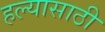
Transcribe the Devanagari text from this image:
हल्यासाठी